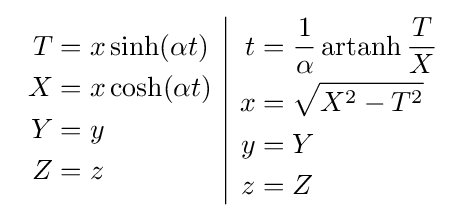
{\begin{array}{c|c}{\begin{aligned}T&=x\sinh(\alpha t)\\X&=x\cosh(\alpha t)\\Y&=y\\Z&=z\end{aligned}}&{\begin{aligned}t&={\frac {1}{\alpha }}\operatorname {artanh} {\frac {T}{X}}\\x&={\sqrt {X^{2}-T^{2}}}\\y&=Y\\z&=Z\end{aligned}}\end{array}}